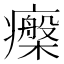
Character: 𤻧